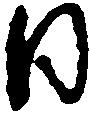
日